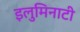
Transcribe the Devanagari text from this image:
इलुमिनाटी